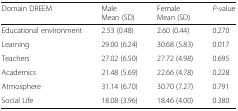
| Domain DREEM | MaleMean (SD) | FemaleMean (SD) | P-value |
 | --- | --- | --- | --- |
 | Educational environment | 2.53 (0.48) | 2.60 (0.44) | 0.270 |
 | Learning | 29.00 (6.24) | 30.68 (5.83) | 0.017 |
 | Teachers | 27.02 (6.50) | 27.72 (4.98) | 0.695 |
 | Academics | 21.48 (5.69) | 22.66 (4.78) | 0.228 |
 | Atmosphere | 31.14 (6.70) | 30.70 (7.27) | 0.791 |
 | Social Life | 18.08 (3.96) | 18.46 (4.00) | 0.380 |